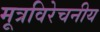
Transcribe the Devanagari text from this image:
मूत्रविरेचनीय